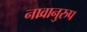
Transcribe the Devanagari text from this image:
नावानुरुप